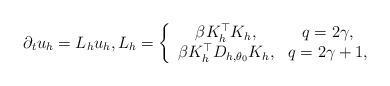
LaTeX: \begin{align*}\partial_t u_h = L_h u_h, L_h = \left\{\begin{array}{cc}\beta K_h^\top K_h, &q = 2\gamma,\\\beta K_h^\top D_{h,\theta_0} K_h,&q = 2\gamma + 1,\end{array}\right.\end{align*}